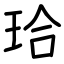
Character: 珨